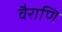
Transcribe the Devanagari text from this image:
वैराणि